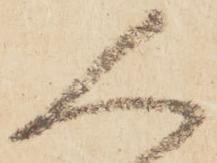
人